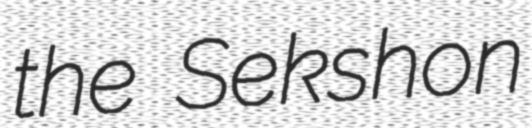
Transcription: the Sekshon